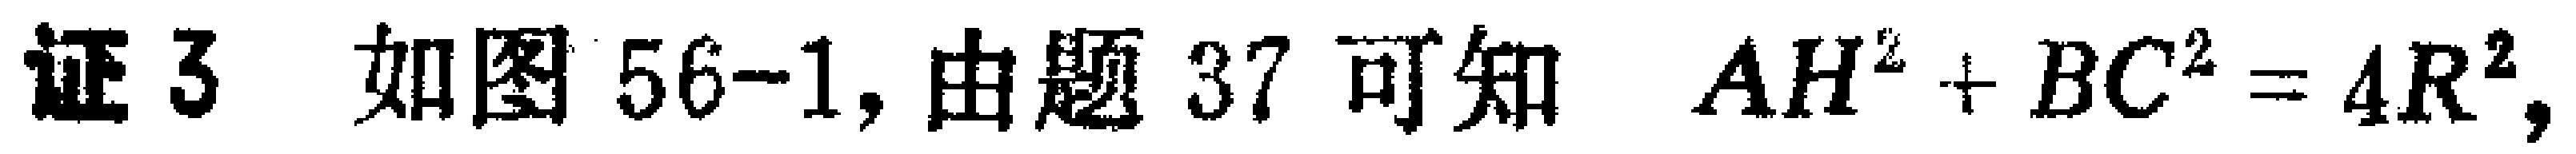
证 3 如图 56-1, 由题 37 可知 \(AH^{2}+BC^{2}=4R^{2},\)